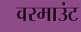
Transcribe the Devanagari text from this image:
वरमाउंट